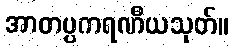
အာတပ္ပကရဏီယသုတ်။